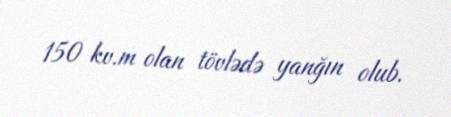
150 kv.m olan tövlədə yanğın olub.